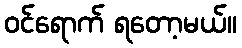
ဝင်ရောက် ရတော့မယ်။